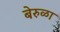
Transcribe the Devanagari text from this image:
बेरुळा